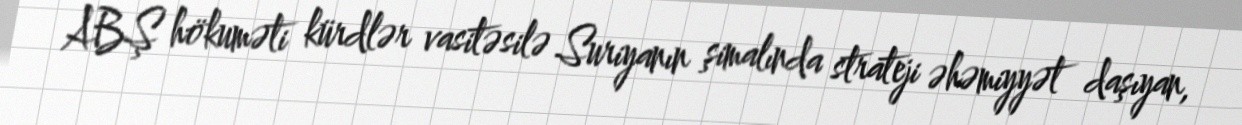
ABŞ hökuməti kürdlər vasitəsilə Suriyanın şimalında strateji əhəmiyyət daşıyan,